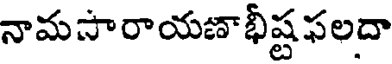
నామపారాయణాభీష్ట ఫలదా